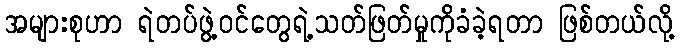
အများစုဟာ ရဲတပ်ဖွဲ့ဝင်တွေရဲ့သတ်ဖြတ်မှုကိုခံခဲ့ရတာ ဖြစ်တယ်လို့